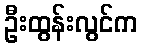
ဦးထွန်းလွင်က